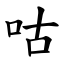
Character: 咕